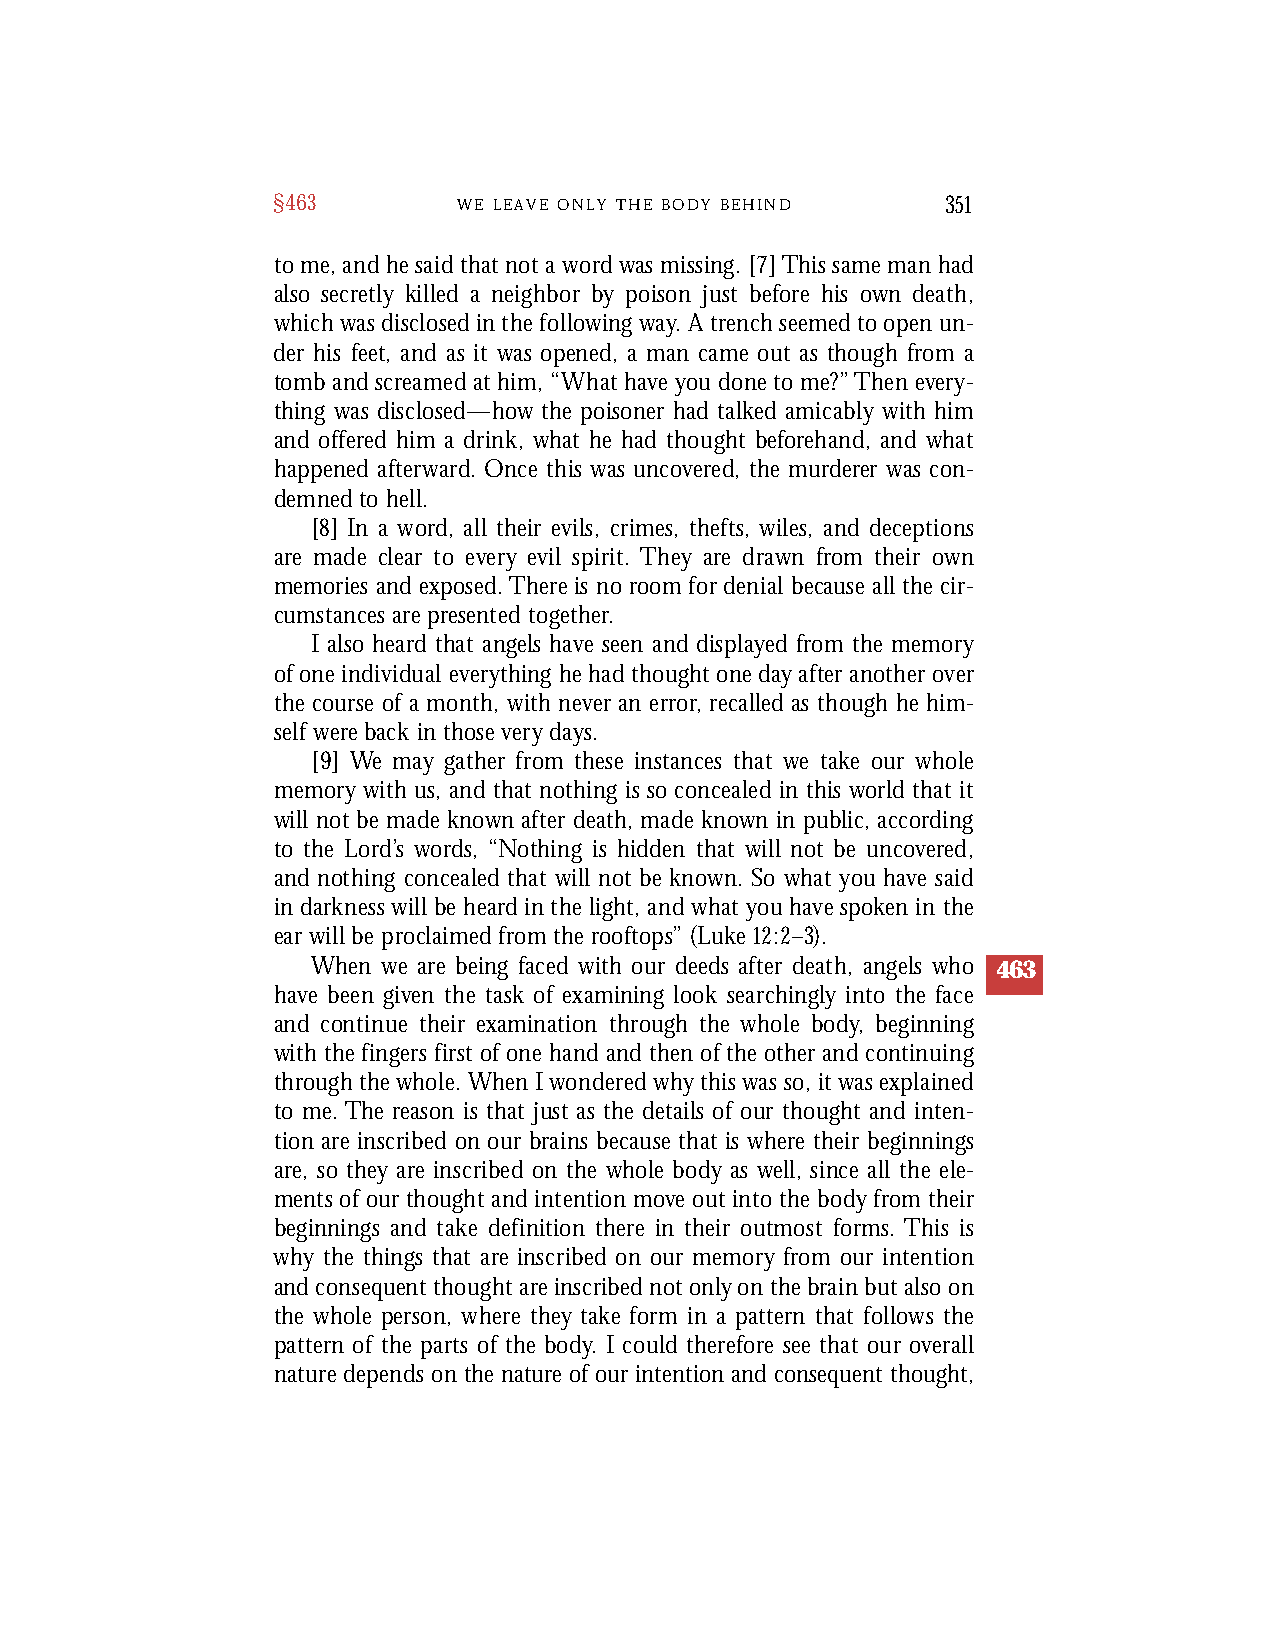
§463        W E L E A V E O N L Y T H E B O D Y B E H I N D 351
 to me, and he said that not a word was missing. [7] This same man had
 also secretly killed a neighbor by poison just before his own death,
 which was disclosed in the following way. A trench seemed to open un-
 der his feet, and as it was opened, a man came out as though from a
 tomb and screamed at him, “What have you done to me?” Then eve ry-
 thing was disclosed—how the poisoner had talked amicably with him
 and offered him a drink, what he had thought beforehand, and what
 happened afterw a rd. Once this was uncove red, the murd e rer was con-
 demned to hell.
 [8] In a word, all their evils, crimes, thefts, wiles, and deceptions
 a re made clear to eve ry evil spirit. They are drawn from their ow n
 memories and exposed. T h e re is no room for denial because all the cir-
 cumstances are presented together.
 I also heard that angels have seen and displayed from the memory
 of one individual eve rything he had thought one day after another ove r
 the course of a month, with never an erro r, recalled as though he him-
 self we re back in those ve ry days.
 [9] We may gather from these instances that we take our whole
 m e m o ry with us, and that nothing is so concealed in this world that it
 will not be made known after death, made known in public, accord i n g
 to the Lord’s words, “Nothing is hidden that will not be uncove re d ,
 and nothing concealed that will not be known. So what you have said
 in darkness will be heard in the light, and what you have spoken in the
 ear will be proclaimed from the ro o f t o p s” (Luke 1 2:2–3) .
 When we are being faced with our deeds after death, angels who 463
 h a ve been given the task of examining look searchingly into the face
 and continue their examination through the whole body, beginning
 with the fingers first of one hand and then of the other and continuing
 t h rough the whole. When I wondered why this was so, it was explained
 to me. The reason is that just as the details of our thought and inten-
 tion are inscribed on our brains because that is where their beginnings
 a re, so they are inscribed on the whole body as well, since all the ele-
 ments of our thought and intention move out into the body from their
 beginnings and take definition there in their outmost forms. This is
 why the things that are inscribed on our memory from our intention
 and consequent thought are inscribed not only on the brain but also on
 the whole person, where they take form in a pattern that follows the
 pattern of the parts of the body. I could there f o re see that our ove r a l l
 n a t u re depends on the nature of our intention and consequent thought,